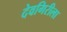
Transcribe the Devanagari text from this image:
देवगिरीला